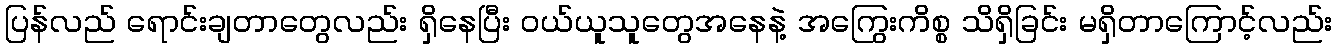
ပြန်လည် ရောင်းချတာတွေလည်း ရှိနေပြီး ဝယ်ယူသူတွေအနေနဲ့ အကြွေးကိစ္စ သိရှိခြင်း မရှိတာကြောင့်လည်း